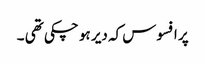
پر افسوس کہ دیر ہو چکی تھی ۔